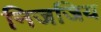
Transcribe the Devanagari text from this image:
निजजिय